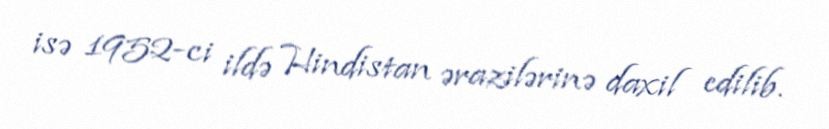
isə 1952-ci ildə Hindistan ərazilərinə daxil edilib.